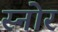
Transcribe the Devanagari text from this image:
स्नोर